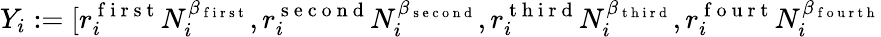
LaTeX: Y_{i}:=[r_{i}^{\mathrm{~f~i~r~s~t~}}N_{i}^{\beta_{\mathrm{~f~i~r~s~t~}}},r_{i}^{\mathrm{~s~e~c~o~n~d~}}N_{i}^{\beta_{\mathrm{~s~e~c~o~n~d~}}},r_{i}^{\mathrm{~t~h~i~r~d~}}N_{i}^{\beta_{\mathrm{~t~h~i~r~d~}}},r_{i}^{\mathrm{~f~o~u~r~t~}}N_{i}^{\beta_{\mathrm{~f~o~u~r~t~h~}}}